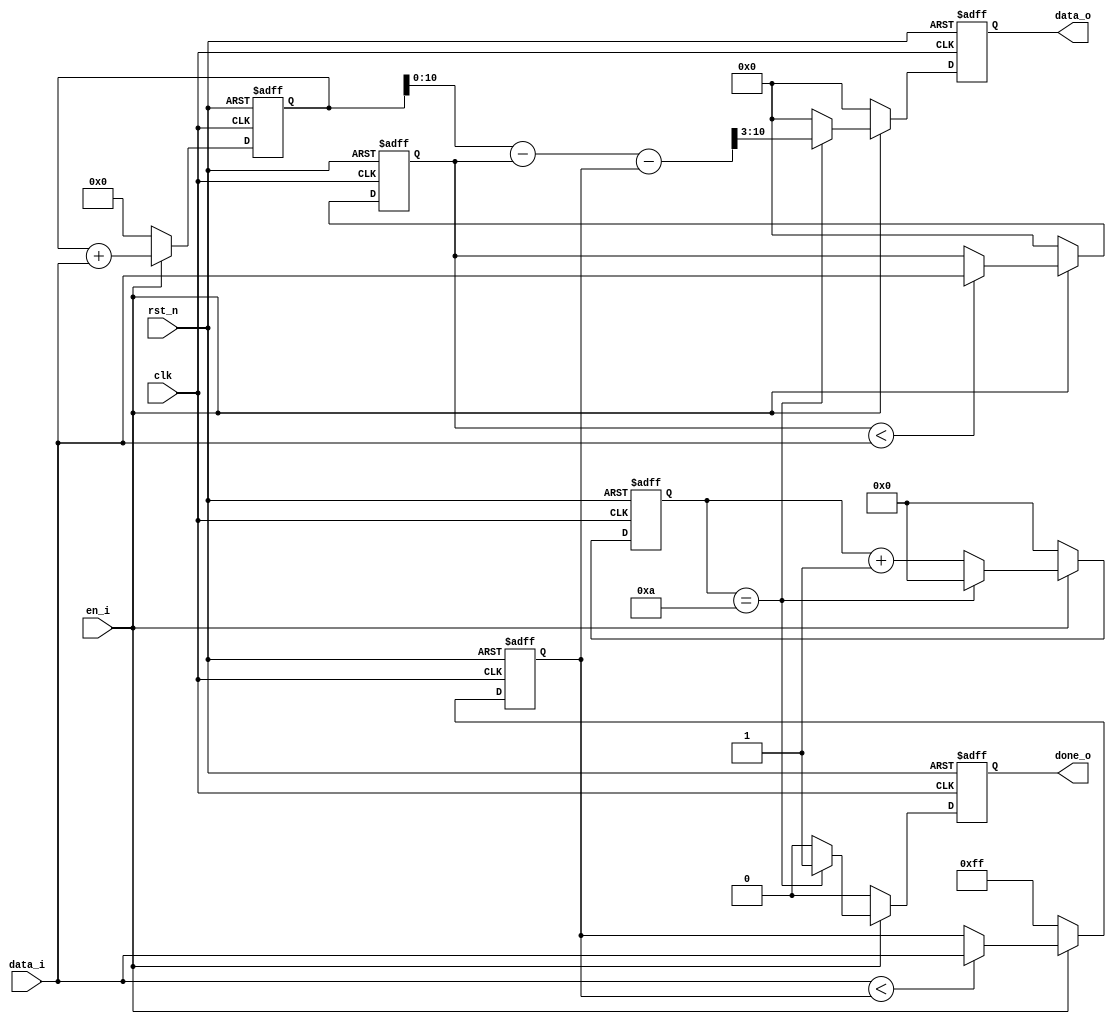
module mean_filter(
    input clk,
    input rst_n,

    input en_i,
    input [7:0] data_i,
    output reg [7:0] data_o,
    output reg done_o
);

//-----------------------------------------------------------------
reg [7:0] max, min;
reg [11:0] sum;
reg [3:0] num;

always @(posedge clk or negedge rst_n) begin
    if (!rst_n) begin
        sum <= 8'd0;
    end else if (en_i) begin
        sum <= sum + data_i;       
    end else begin
        sum <= 8'd0;
    end       
end

always @(posedge clk or negedge rst_n) begin
    if (!rst_n) begin
        min <= 8'hff;
    end else if (en_i) begin
        if (data_i < min) 
            min <= data_i;
    end else begin
        min <= 8'hff;
    end     
end

always @(posedge clk or negedge rst_n) begin
    if (!rst_n) begin
        max <= 8'h00;
    end else if (en_i) begin
        if (max < data_i) 
            max <= data_i;
    end else begin
        max <= 8'h00;
    end     
end

always @(posedge clk or negedge rst_n) begin
    if (!rst_n) begin
        num <= 8'h00;
    end else if (en_i) begin
        if (num == 4'd10)
            num <= 4'd0;
        else
            num <= num + 4'd1;
    end else begin
        num <= 4'd0;
    end
end 

always @(posedge clk or negedge rst_n) begin
    if (!rst_n) begin
        data_o <= 8'd0;
        done_o <= 1'd0;
    end else if (en_i) begin
        if (num == 4'd10) begin
            data_o <= (sum - max - min) >> 3;
            done_o <= 1'd1;
        end else begin
            data_o <= 8'd0;
            done_o <= 1'd0;
        end
    end else begin
        data_o <= 8'd0;
        done_o <= 1'd0;
    end
end
endmodule